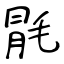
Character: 毷